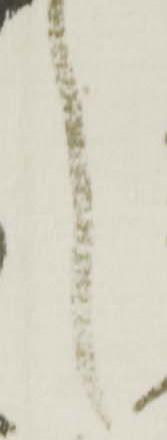
之